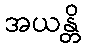
အယန္တိ